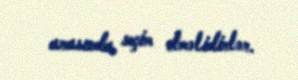
arasında seçim etməlidirlər.